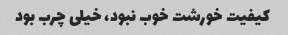
کیفیت خورشت خوب نبود، خیلی چرب بود